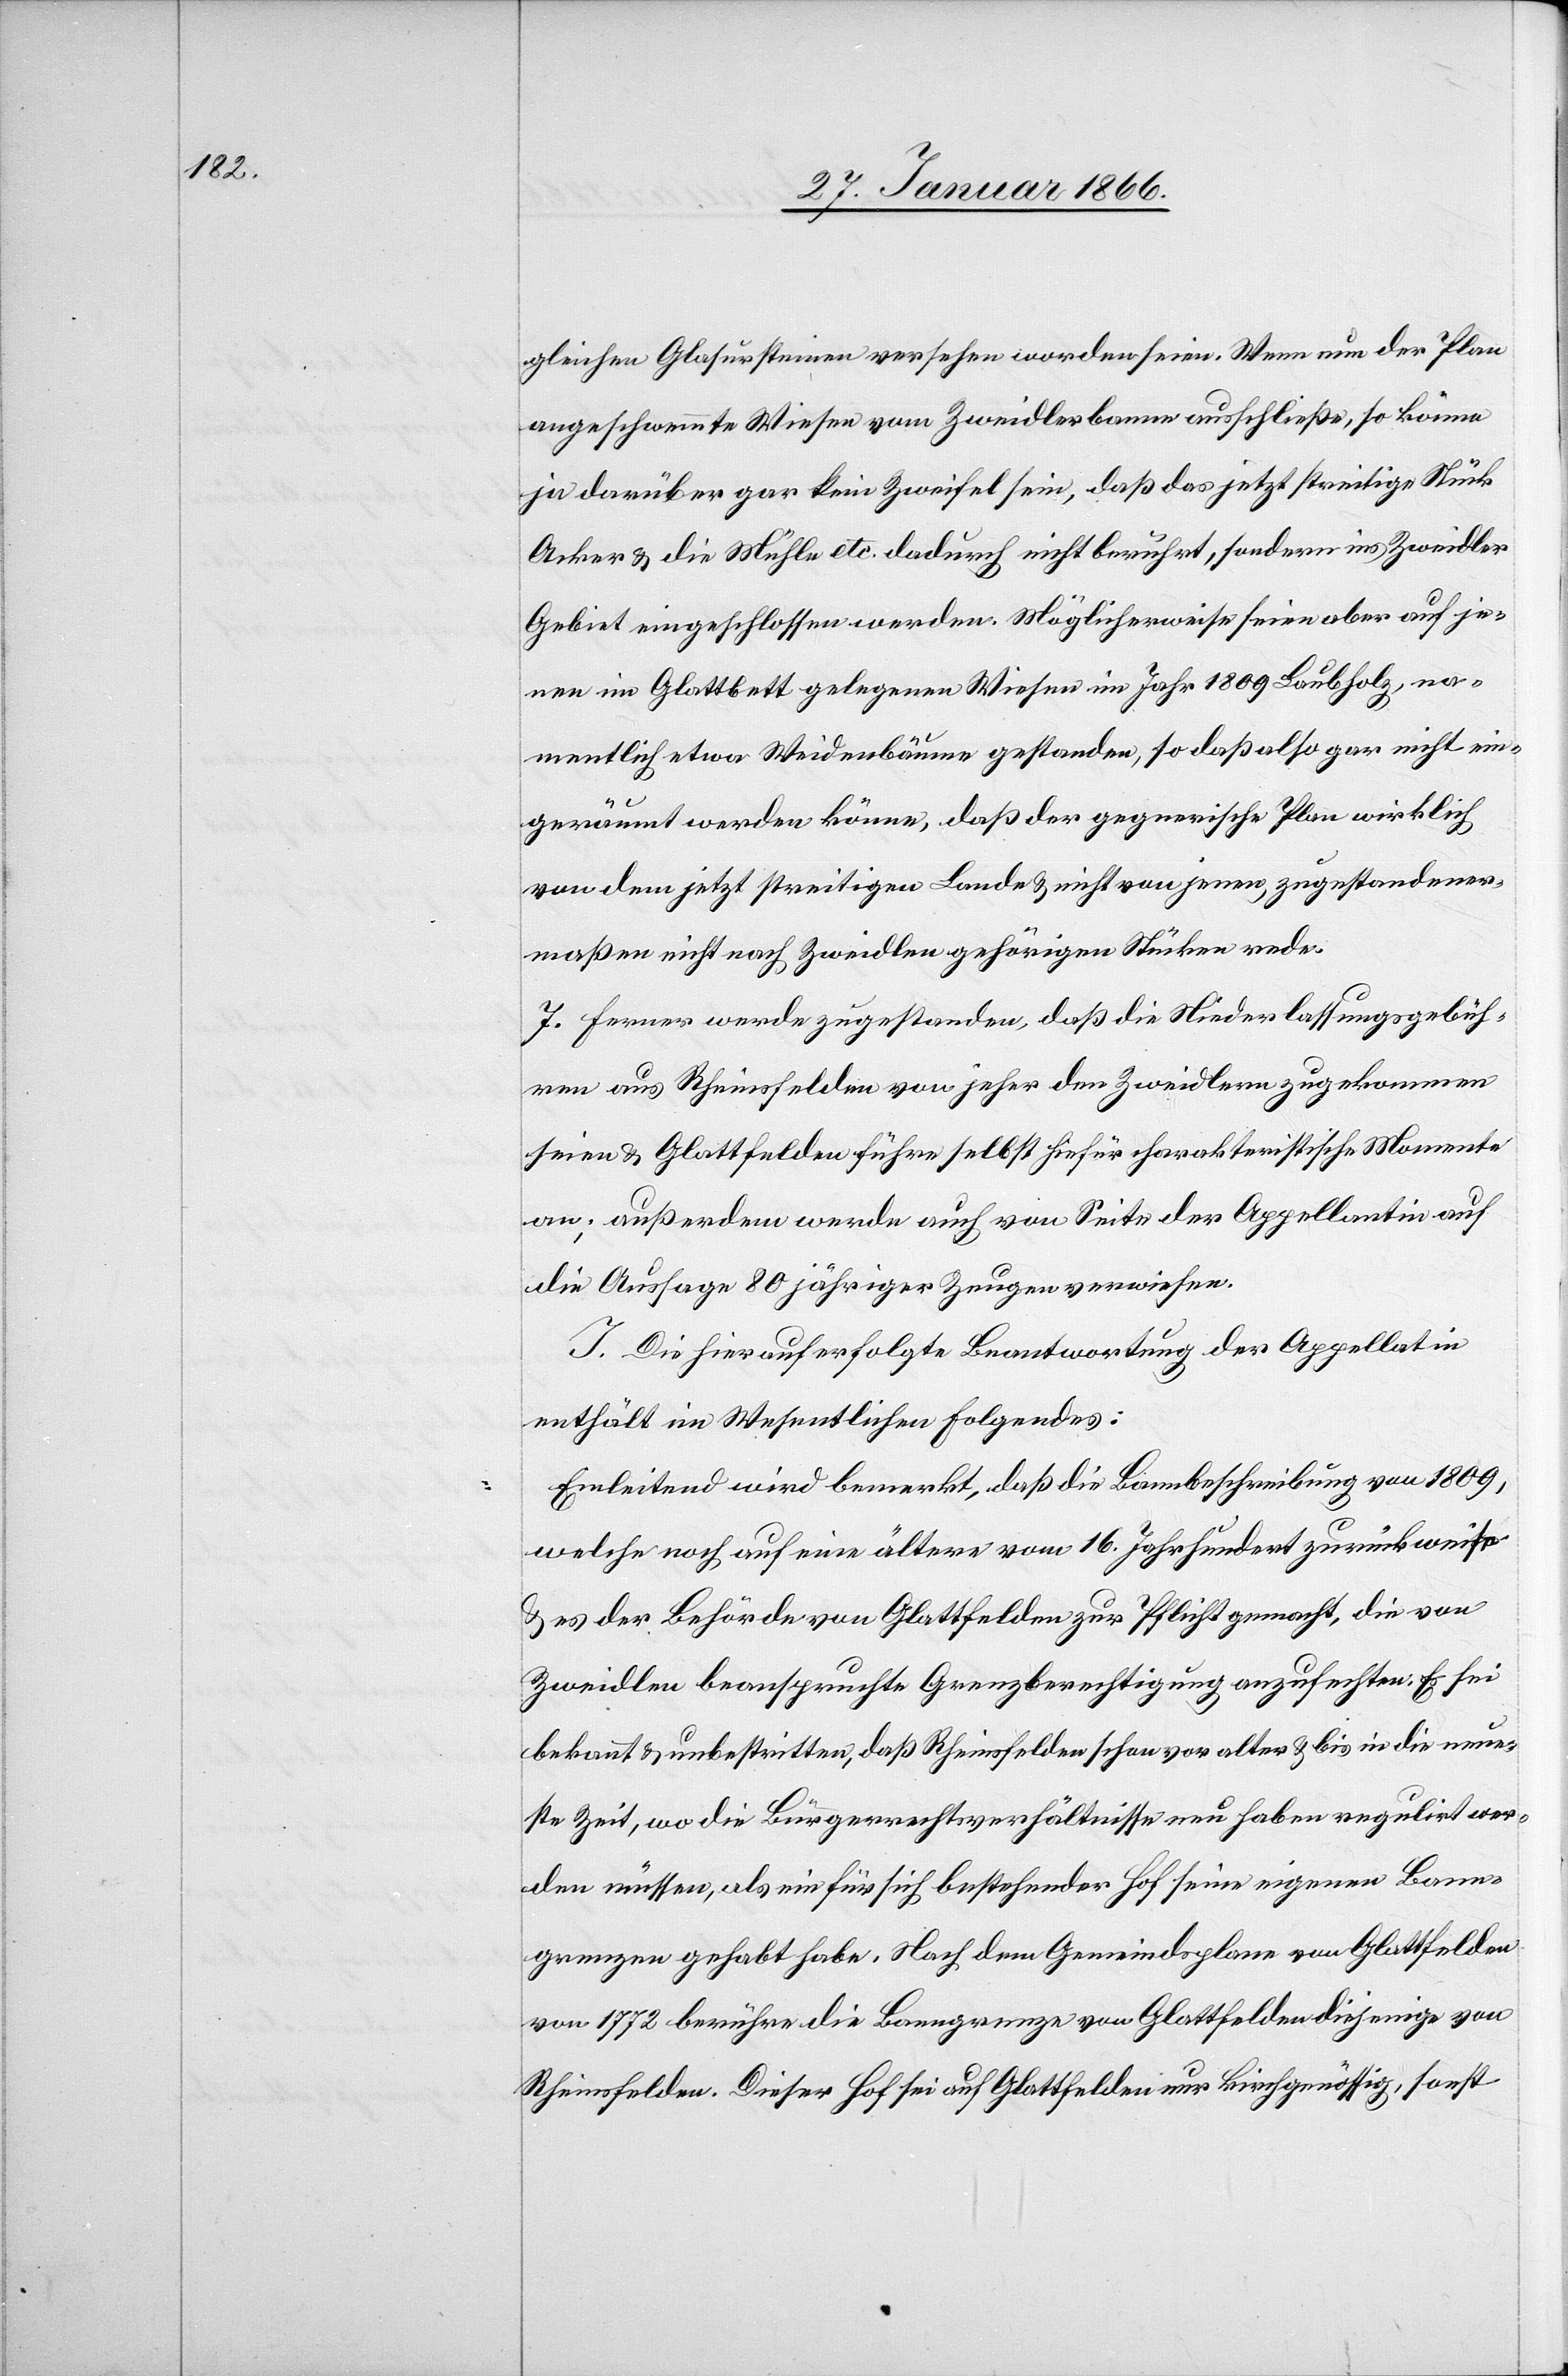
gleichen Glasursteinen versehen worden seien. Wenn nun der Plan
angeschwemmte Wiesen vom Zweidlerbann ausschließe, so könne
ja darüber gar kein Zweifel sein, daß das jetzt strittige Stück
Acker u. die Mühle etc. dadurch nicht berührt, sondern ins Zweidler
Gebiet eingeschlossen werden. Möglicherweise seien aber auf je¬
nen im Glattbett gelegenen Wiesen im Jahr 1809 Laubholz, na¬
mentlich etwa Weidenbäume gestanden, so daß also gar nicht ein¬
geräumt werden könne, daß der gegnerische Plan wirklich
von dem jetzt strittigen Lande u. nicht von jenen, zugestandener¬
maßen nicht nach Zweidlen gehörigen Stücken rede.
7. Ferner werde zugestanden, daß die Niederlassungsgebüh¬
ren aus Rheinsfelden von jeher den Zweidlern zugekommen
seien u. Glattfelden führe selbst hiefür charakteristische Momente
an; außerdem werde auch von Seite der Appellantin auf
die Aussage 80jähriger Zeugen verwiesen.
J. Die hierauf erfolgte Beantwortung der Appellatin
enthält im Wesentlichen folgendes:
Einleitend wird bemerkt, daß die Bannbeschreibung von 1809,
welche noch auf eine ältere vom 16. Jahrhundert zurückweise
u. es der Behörde von Glattfelden zur Pflicht gemacht, die von
Zweidlen beanspruchte Grenzberechtigung anzufechten. Es sei
bekannt u. unbestritten, daß Rheinsfelden schon vor alter u. bis in die neue¬
ste Zeit, wo die Bürgerrechtsverhältnisse neu haben regulirt wer¬
den müssen, als ein für sich bestehender Hof seine eigenen Bann¬
grenzen gehabt habe. Nach dem Gemeindsplane von Glattfelden
von 1772 berühre die Banngrenze von Glattfelden diejenige von
Rheinsfelden. Dieser Hof sei auf Glattfelden nur kirchgenössig, sonst